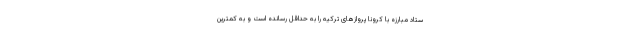
ستاد مبارزه با کرونا پروازهای ترکیه را به حداقل رسانده است و به کمترین